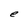
Character: e